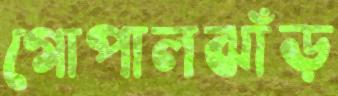
গোপালঝাঁড়